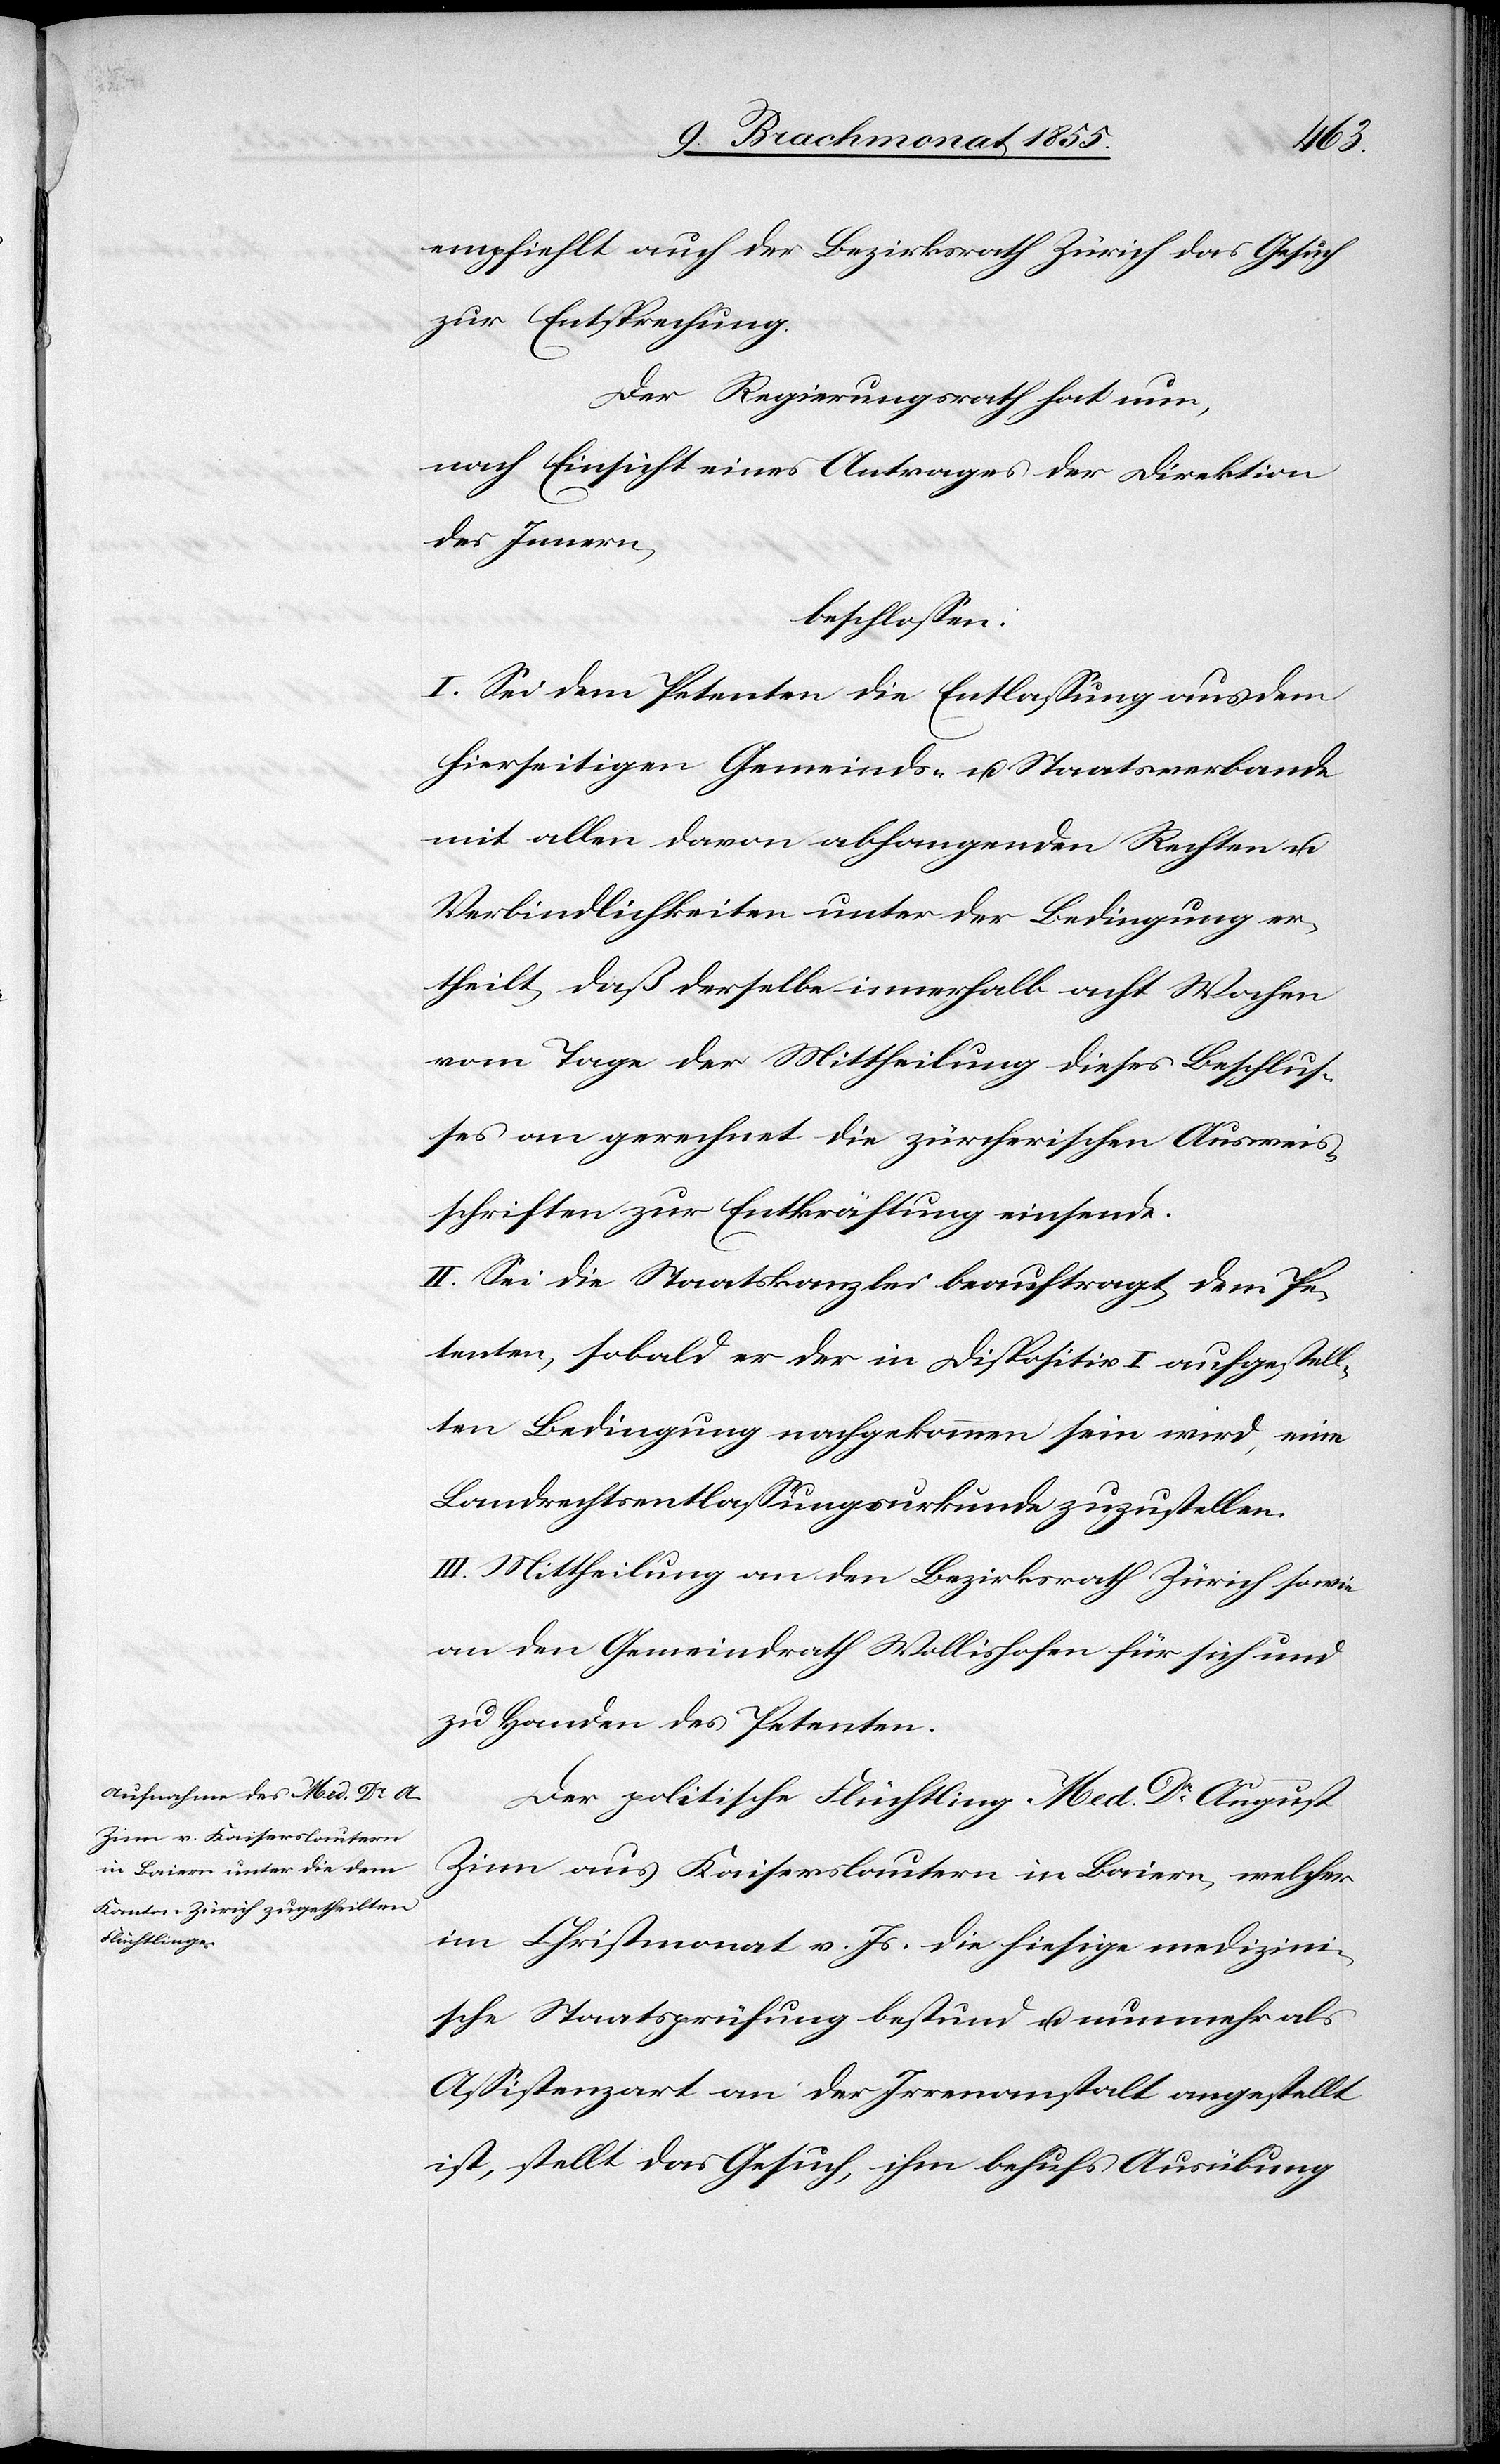
empfiehlt auch der Bezirksrath Zürich das Gesuch
zur Entsprechung.
Der Regierungsrath hat nun,
nach Einsicht eines Antrages der Direktion
des Innern,
beschlossen:
I. Sei dem Petenten die Entlassung aus dem
hierseitigen Gemeinds- u. Staatsverbande
mit allen davon abhangenden Rechten u.
Verbindlichkeiten unter der Bedingung er¬
theilt, daß derselbe innerhalb acht Wochen
vom Tage der Mittheilung dieses Beschlus¬
ses an gerechnet die zürcherischen Ausweis¬
schriften zur Entkräftung einsende.
II. Sei die Staatskanzlei beauftragt, dem Pe¬
tenten, sobald er der in Dispositiv I aufgestell¬
ten Bedingung nachgekommen sein wird, eine
Landrechtsentlassungsurkunde zuzustellen.
III. Mittheilung an den Bezirksrath Zürich sowie
an den Gemeindrath Wollishofen für sich und
zu Handen des Petenten.
Der politische Flüchtling Med. Dr August
Zinn aus Kaiserslautern in Baiern, welcher
im Christmonat v. Js. die hiesige medizini¬
sche Staatsprüfung bestund u. nunmehr als
Assistenzar[z]t an der Irrenanstalt angestellt
ist, stellt das Gesuch, ihm behufs Ausübung